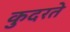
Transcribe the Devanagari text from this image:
कुदरते